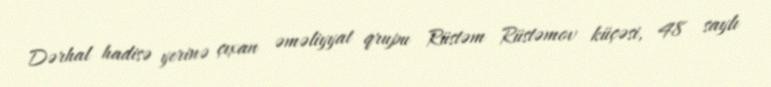
Dərhal hadisə yerinə çıxan əməliyyat qrupu Rüstəm Rüstəmov küçəsi, 48 saylı